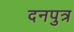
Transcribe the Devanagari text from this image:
दनपुत्र